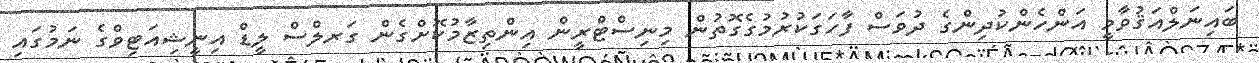
ބައިނަލްއަޤުވާމީ އަންހެންކުދިންގެ ދުވަސް ފާހަގަކުރުމުގެގޮތުން މިނިސްޓްރީން އިންތިޒާމުކޮށްގެން ގަރލްސް ލީޑް އިނީޝިއަޓިވްގެ ނަމުގައި